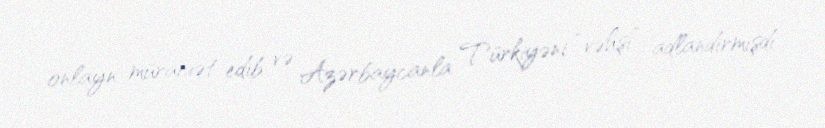
onlayn müraciət edib və Azərbaycanla Türkiyəni “vəhşi” adlandırmışdı.